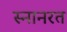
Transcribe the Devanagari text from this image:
स्नानरत